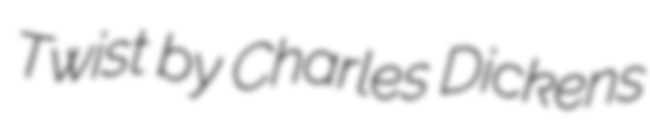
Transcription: Twist by Charles Dickens